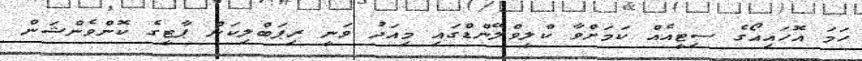
ހަމަ އޮހައިއޯގެ ސިޓީއެއް ކަމަށްވާ ކްލީވްލޭންޑްގައި މިއަދު ވަނީ ރިޕަބްލިކަން ޕާޓީގެ ކޮންވެންޝަން